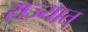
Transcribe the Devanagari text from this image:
राज्यात्